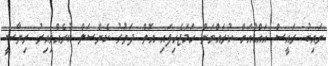
ނައިބު ރައީސް އައްޑުއަށް ކުރައްވަން ހަމަޖެހިފައި އޮތް ދަތުރު ކެންސަލް ކުރެއްވިއިރު ރިޔާސީ